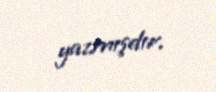
yazmışdır.